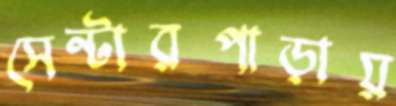
সেন্টারপাড়ায়